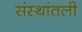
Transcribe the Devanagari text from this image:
संस्थांतली